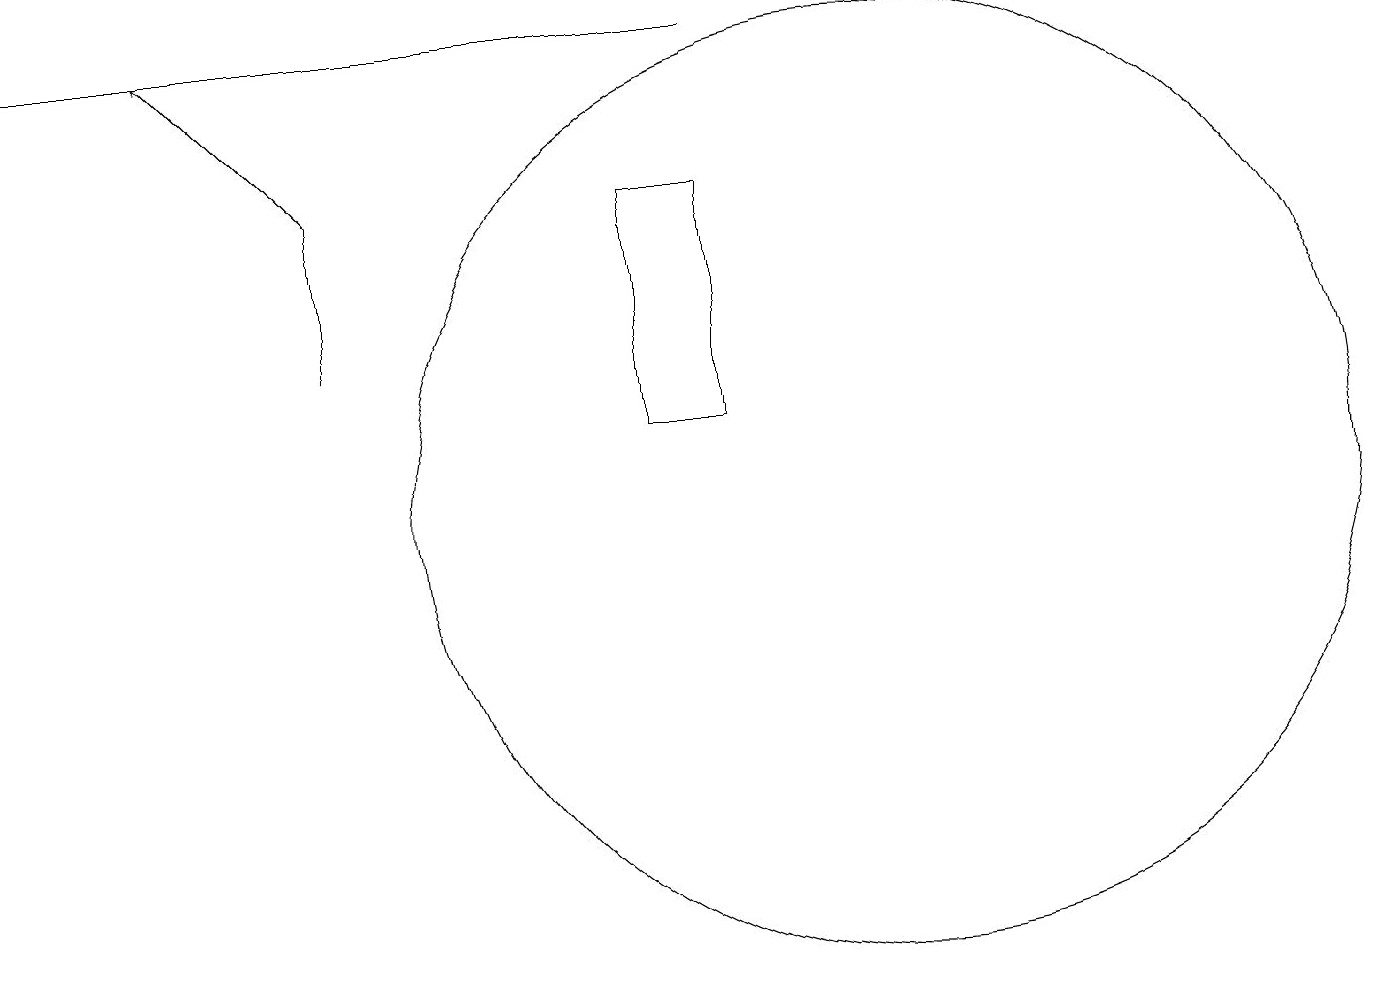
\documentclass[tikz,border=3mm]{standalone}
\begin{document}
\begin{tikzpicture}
\draw (4,13) rectangle (4,15);
\draw (11,11) circle (6);
\draw (0,17) rectangle (9,17);
\draw (9,15) rectangle (8,12);
\draw[->] (4,15) -- (2,17);
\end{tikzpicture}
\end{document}